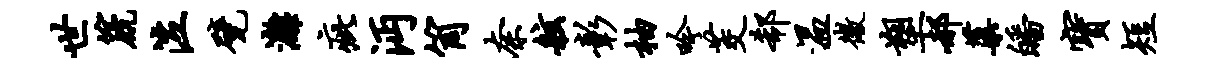
世篪泣甓漓疵沔筒奈舷彰柚吟茭欷温微塑郝蕖皤宝短